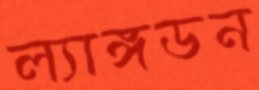
ল্যাঙ্গডন